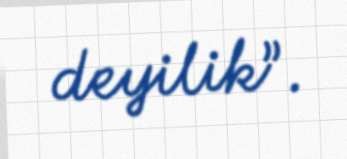
deyilik”.